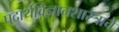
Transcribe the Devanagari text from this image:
पदार्थविज्ञानशास्त्राचे